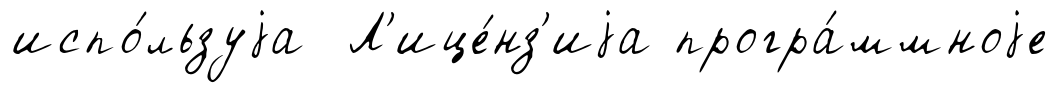
испо́льзуjа Л'ице́нз'иjа програ́ммноjе